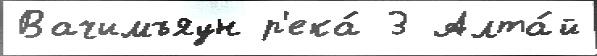
Вачимъяун р'ека́ 3 Алта́й